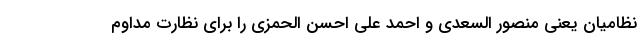
نظامیان یعنی منصور السعدی و احمد علی احسن الحمزی را برای نظارت مداوم